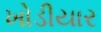
ખોડીયાર